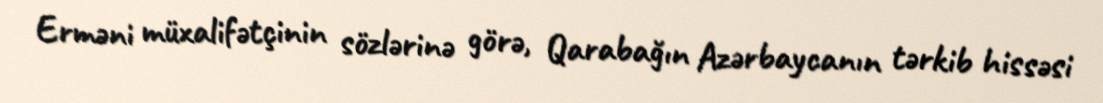
Erməni müxalifətçinin sözlərinə görə, Qarabağın Azərbaycanın tərkib hissəsi